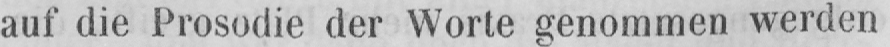
auf die Prosodie der Worte genommen werden